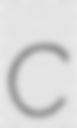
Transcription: C